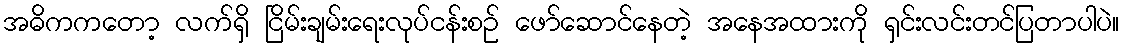
အဓိကကတော့ လက်ရှိ ငြိမ်းချမ်းရေးလုပ်ငန်းစဉ် ဖော်ဆောင်နေတဲ့ အနေအထားကို ရှင်းလင်းတင်ပြတာပါပဲ။